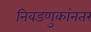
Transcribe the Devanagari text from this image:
निवडणुकांनतर